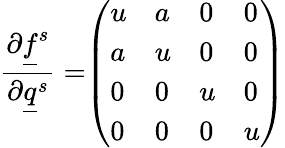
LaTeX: \frac{\partial\underline{{f}}^{s}}{\partial\underline{{q}}^{s}}=\begin{array}{l}{\left(\begin{array}{llll}{u}&{a}&{0}&{0}\\ {a}&{u}&{0}&{0}\\ {0}&{0}&{u}&{0}\\ {0}&{0}&{0}&{u}\end{array}\right)}\end{array}